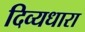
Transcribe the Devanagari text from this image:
दिव्यधारा